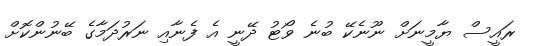
ރައީސް ޔާމީނަށް ނޫނެކޭ ބުނެ ވޯޓު ދޭނީ އެ ފެނާއި ނަރުދަމާގެ ބޭނުންކޮށް